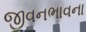
જીવનભાવના